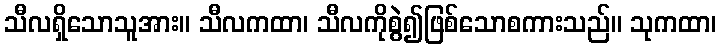
သီလရှိသောသူအား။ သီလကထာ၊ သီလကိုစွဲ၍ဖြစ်သောစကားသည်။ သုကထာ၊